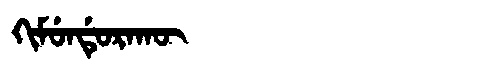
Manchu: ᡴᡳᠮᡠᠨᡩᡠᡵᠠᡴᡡ
Romanization: KIMUNDURAKŪ